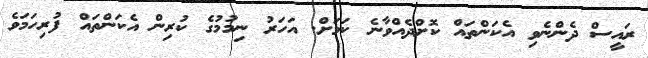
ރައީސް ދެންނެވި އެކަންތައް ކޮށްދެއްވާނެ ކަމަށް. އަހަރު ނިމުމުގެ ކުރިން އެކަންތައް ފުރިހަމަވެ